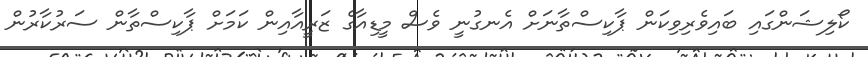
ކޯލިޝަންގައި ބައިވެރިވިކަން ޕާކިސްތާނަށް އެނގުނީ ވެސް މީޑިއާގެ ޒަރީއާއިން ކަމަށް ޕާކިސްތާން ސަރުކާރުން